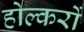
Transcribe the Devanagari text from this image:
होल्करों